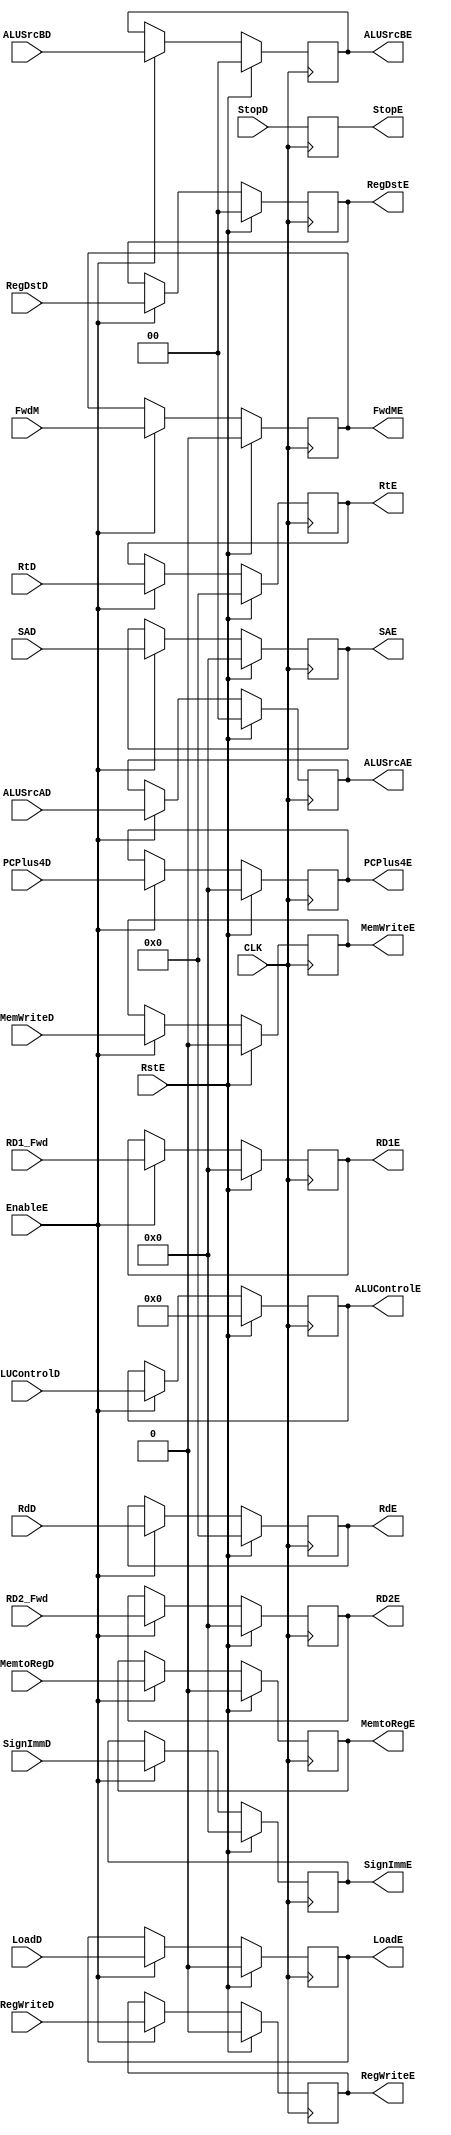
module PipelineEXE (
    input CLK,
    input EnableE,
    input RstE,
    input wire RegWriteD,
    input wire MemtoRegD,
    input wire MemWriteD,
    input wire LoadD,
    input wire[3:0] ALUControlD,
    input wire[1:0] ALUSrcAD,
    input wire[1:0] ALUSrcBD,
    input wire[1:0] RegDstD,
    input wire[31:0] RD1_Fwd,
    input wire[31:0] RD2_Fwd,
    input wire[4:0] RtD,
    input wire[4:0] RdD,
    input wire[31:0] SignImmD,
    input wire[31:0] SAD,
    input wire[31:0] PCPlus4D,
    input wire StopD,
    input wire FwdM,
    output reg RegWriteE,
    output reg MemtoRegE,
    output reg MemWriteE,
    output reg LoadE,
    output reg[3:0] ALUControlE,
    output reg[1:0] ALUSrcAE,
    output reg[1:0] ALUSrcBE,
    output reg[1:0] RegDstE,
    output reg[31:0] RD1E,
    output reg[31:0] RD2E,
    output reg[4:0] RtE,
    output reg[4:0] RdE,
    output reg[31:0] SignImmE,
    output reg[31:0] SAE,
    output reg[31:0] PCPlus4E,
    output reg FwdME,
    output reg StopE
);

initial begin
    RegWriteE   = 0;
    MemtoRegE   = 0;
    MemWriteE   = 0;
    LoadE       = 0;
    ALUControlE = 4'b0;
    ALUSrcAE    = 2'b0;
    ALUSrcBE    = 2'b0;
    RegDstE     = 2'b0;
    RD1E        = 32'b0;
    RD2E        = 32'b0;
    RtE         = 5'b0;
    RdE         = 5'b0;
    SignImmE    = 32'b0;
    SAE         = 32'b0;
    PCPlus4E    = 32'b0;
    FwdME       = 2'b0;
    StopE       = 0;    
end

always @(posedge CLK) begin
    StopE       <= StopD;
    if (RstE) begin
        RegWriteE   <= 0;
        MemtoRegE   <= 0;
        MemWriteE   <= 0;
        LoadE       <= 0;
        ALUControlE <= 4'b0;
        ALUSrcAE    <= 2'b0;
        ALUSrcBE    <= 2'b0;
        RegDstE     <= 2'b0;
        RD1E        <= 32'b0;
        RD2E        <= 32'b0;
        RtE         <= 5'b0;
        RdE         <= 5'b0;
        SignImmE    <= 32'b0;
        SAE         <= 32'b0;
        PCPlus4E    <= 32'b0;
        FwdME       <= 2'b0;
    end
    else if (EnableE) begin
        RegWriteE   <= RegWriteD;
        MemtoRegE   <= MemtoRegD;
        MemWriteE   <= MemWriteD;
        LoadE       <= LoadD;
        ALUControlE <= ALUControlD;
        ALUSrcAE    <= ALUSrcAD;
        ALUSrcBE    <= ALUSrcBD;
        RegDstE     <= RegDstD;
        RD1E        <= RD1_Fwd;
        RD2E        <= RD2_Fwd;
        RtE         <= RtD;
        RdE         <= RdD;
        SignImmE    <= SignImmD;
        SAE         <= SAD;
        PCPlus4E    <= PCPlus4D;
        FwdME       <= FwdM;
        StopE       <= StopD;
    end
end

endmodule